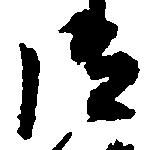
御